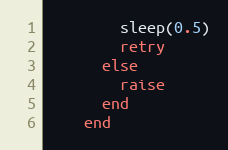
Language: Ruby
        sleep(0.5)
        retry
      else
        raise
      end
    end